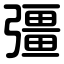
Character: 彊